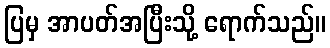
ပြမှ အာပတ်အပြီးသို့ ရောက်သည်။